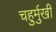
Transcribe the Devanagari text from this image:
चहुर्मुखी